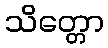
သိတ္တော